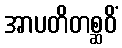
အာပတိတစ္ဆဝိံ